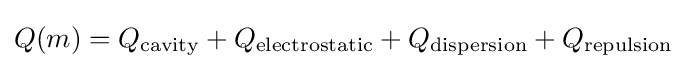
Q(m)=Q_{\mathrm {cavity} }+Q_{\mathrm {electrostatic} }+Q_{\mathrm {dispersion} }+Q_{\mathrm {repulsion} }